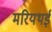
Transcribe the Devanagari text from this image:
मरियथई